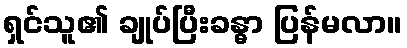
ရှင်သူ၏ ချုပ်ပြီးခန္ဓာ ပြန်မလာ။